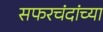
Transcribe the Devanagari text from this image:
सफरचंदांच्या